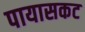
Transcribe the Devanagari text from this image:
पायासकट